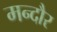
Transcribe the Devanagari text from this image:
मन्दौर